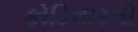
કોડિનારની